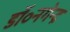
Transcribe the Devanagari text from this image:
डॉ॰नगेन्द्र